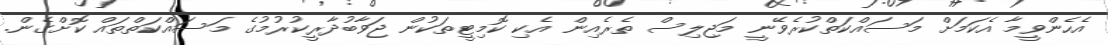
އެހެންވީމާ އެކަމަށް މަސައްކަތްކުރެވޭނީ މަޖިލިސް ތެރެއިން އެކި ކޮމިޓީތަކުން ޖަވާބުދާރީކުރުމުގެ މަސައްކަތްތައް ކޮށްގެން.